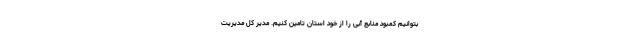
بتوانیم کمبود منابع آبی را از خود استان تامین کنیم. مدیر کل مدیریت